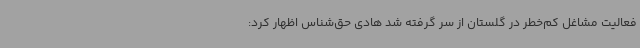
فعالیت مشاغل کم‌خطر در گلستان از سر گرفته شد هادی حق‌شناس اظهار کرد: